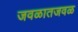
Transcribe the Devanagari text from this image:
जवळातजवळ